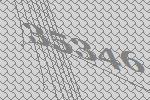
35346